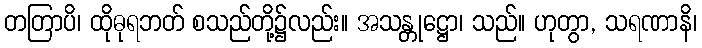
တတြာပိ၊ ထိုဓုရဘတ် စသည်တို့၌လည်း။ အသန္တုဋ္ဌော၊ သည်။ ဟုတွာ, သရဏာနိ၊